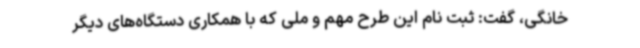
خانگی، گفت: ثبت نام این طرح مهم و ملی که با همکاری دستگاه‌های دیگر